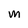
Character: M